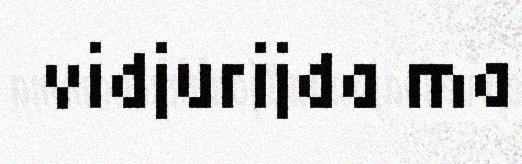
vidjurijda ma